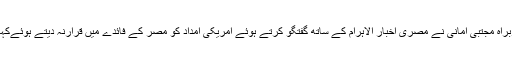
رپورٹ کے مطابق قاہرہ میں اسلامی جمہوریہ ایران کے مفادات کےنگراں دفتر کے سربراہ مجتبی امانی نے مصری اخبار الاہرام کے ساتھ گفتگو کرتے ہوئے امریکی امداد کو مصر کے فائدے میں قرارنہ دیتے ہوئےکہا ہے کہ اسلامی جمہوریہ ایران ہنگامی بنیاد پر مصر کا تعاون کرنے کے لئے آمادہ ہے۔